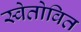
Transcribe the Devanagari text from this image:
स्वेतोवित